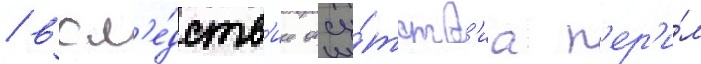
/ всл'е́дств'ие отсу́тств'иа п'ер'и́л